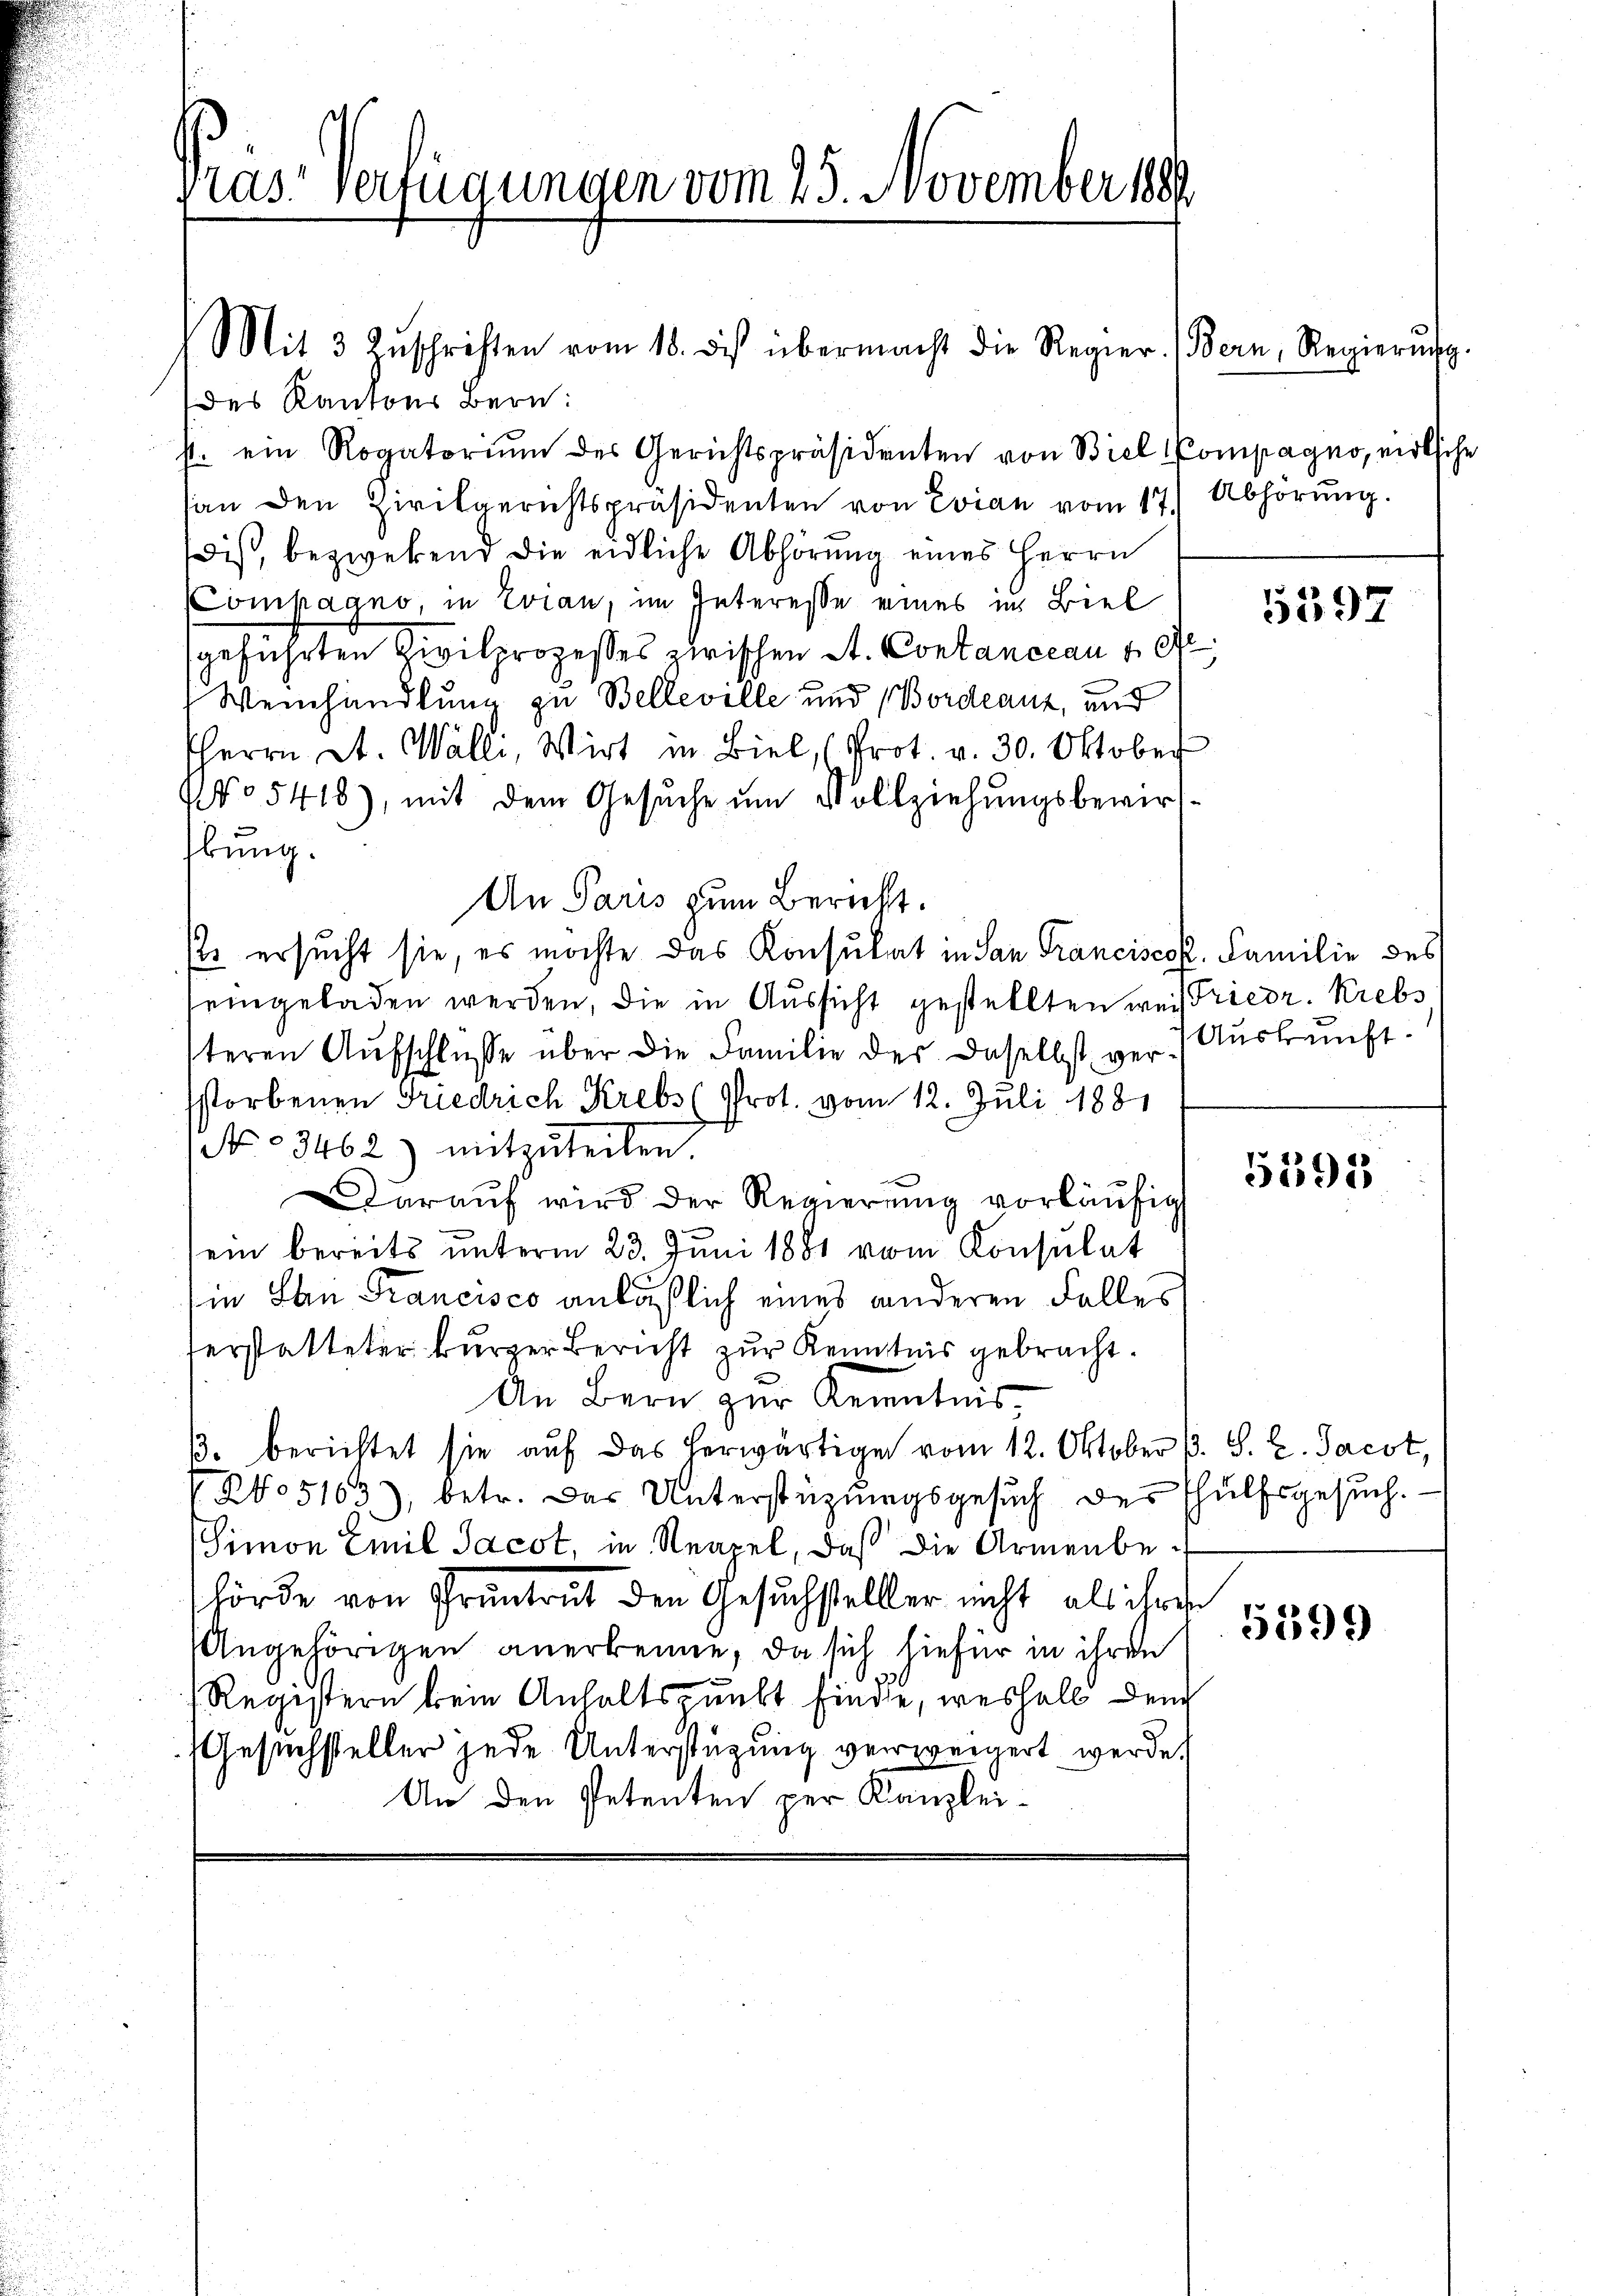
ras Verfügungen vom 23. November 1889

Mit 3 Zŭschriften vom 18. des übermacht die Regier. (Bern, Regierŭng.
des Kantons Bern:
s. ein Rogatorium des Gerichtspräsidenten von Biel Compagno, wirtsche
an den Zivilgerichtspräsidenten von Evian vom 17.) Abhörŭng.
dis, bezwekend die eidliche Abhörung eines Herrn
Compagno, in Evian, im Interesse eines in Biel
geführten Zivilprozesses zwischen A. Contanceau u. er
Weinhandlung zu Belleville und Bordeauz, und
HHerrn St. Walli, Wirt in Biel, (Prot. v. 30. Oktober
No 5418), mit dem Gesŭche ŭm Vollziehŭngsbewirf-
bung.
An Paris zum Bericht.
se ersucht sie, es möchte das Konsulat in San Franciscok, Familie des
eingeladen werden, die in Aussicht gestellten weisriedr. Krebs
teren Aufschlüsse über die Familie des daselbst ver Auskunftstorbenen Friedrich Krebs (Prot. vom 12. Juli 1881
No 3462) mitzŭteilen.
Darauf wird der Regierŭng vorläŭfig
ein bereits unterm 23. Juni 1881 vom Konsulat
in San Francisco anläßlich eines anderen Falles
terstatteter kurzer Bericht zur Kenntnis gebracht.
An Bern zur Kenntnis,
ß. berichtet sie auf das herwärtige vom 12. Oktober B. S. C. Jacot,
NNo 5163), betr. Das Unterstüzungsgesuch des Thülfsgesuch.
Simon Emil Jacot, in Neapel, daß die Armenbehörde von Pruntrut den Gesuchsteller nicht als ihren
Angehörigen anerkenne, da sich hiefür in ihren
.
Registern kein Anhaltspunkt finde, weshalb den
Gesuchsteller jede Unterstüzung verweigert werde.
An den Petenten per Kanzlei-

5597

5595

5399